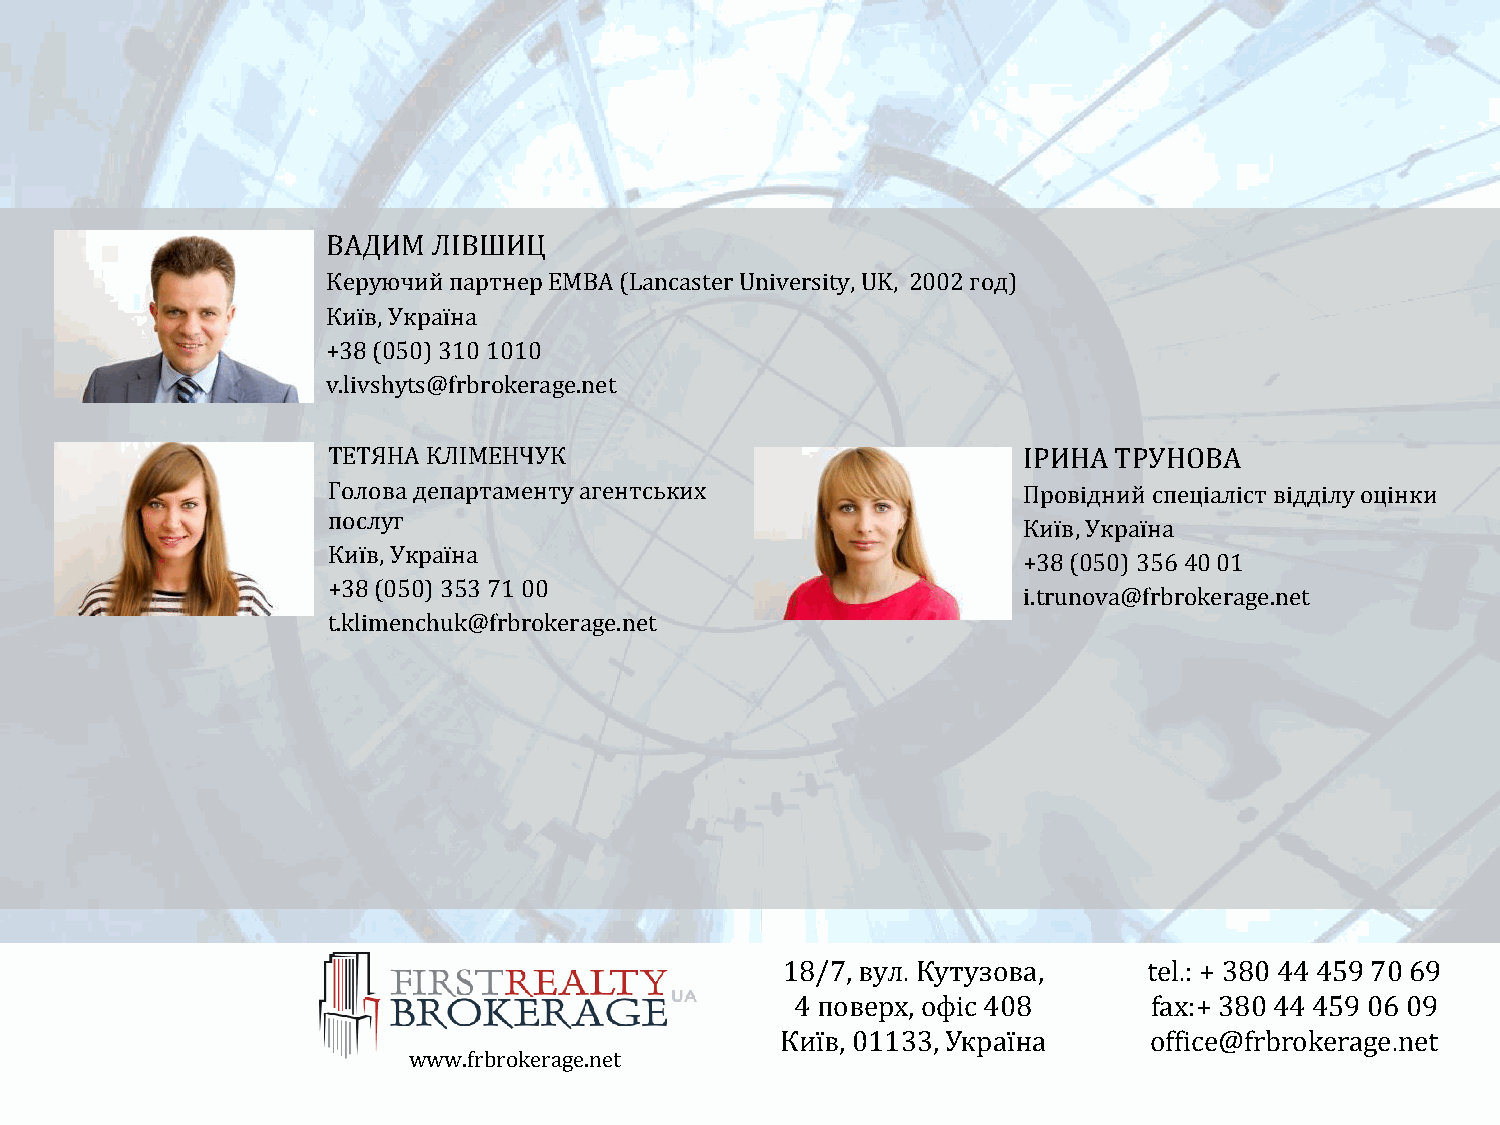
ВАДИМ  ЛІВШИЦ
 Керуючий партнер EMBA (Lancaster University, UK, 2002 год)
 Київ, Україна
 +38 (050) 310 1010
 v.livshyts@frbrokerage.net
 ТЕТЯНА КЛІМЕНЧУК                              ІРИНА ТРУНОВА
 Голова департаменту агентських                Провідний спеціаліст відділу оцінки
 послуг
 Київ, Україна
 Київ, Україна
 +38 (050) 356 40 01
 +38 (050) 353 71 00
 i.trunova@frbrokerage.net
 t.klimenchuk@frbrokerage.net
 18/7, вул. Кутузова,    tel.: + 380 44 459 70 69
 4 поверх, офіс 408     fax:+ 380 44 459 06 09
 Київ, 01133, Україна    office@frbrokerage.net
 www.frbrokerage.net